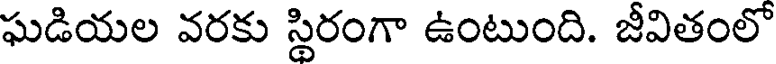
ఘడియల వరకు స్థిరంగా ఉంటుంది. జీవితంలో